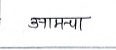
मजकूर: आमचा